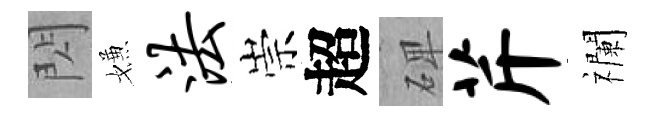
閃嫌法崇超𥓓芹襴